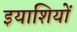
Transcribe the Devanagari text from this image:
इयाशियों